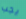
يجب